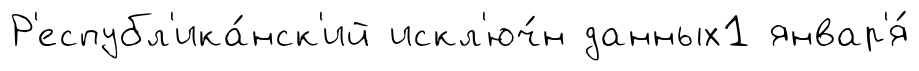
Р'еспубл'ика́нск'ий искл'юч́н данных1 январ'я́